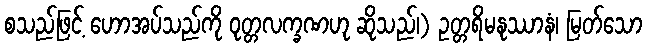
စသည်ဖြင့် ဟောအပ်သည်ကို ဝုတ္တလက္ခဏဟု ဆိုသည်၊) ဥတ္တရိမနုဿာနံ၊ မြတ်သော